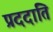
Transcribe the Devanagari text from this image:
प्रददाति